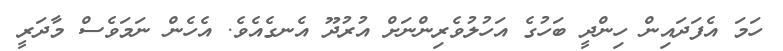
ހަމަ އެފަދައިން ހިންދީ ބަހުގެ އަހުލުވެރިންނަށް އުރުދޫ އެނގެއެވެ. އެހެން ނަމަވެސް މާދަރީ